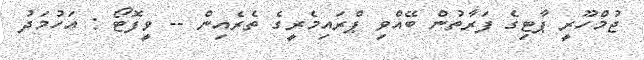
ޖުމްހޫރީ ޕާޓިގެ ފަރާތުން ބޭއްވި ޕްރައިމެރީގެ ތެެރެއިން -- ވީފޮޓޯ : އަހުމަދު